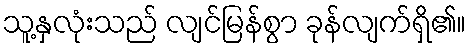
သူ့နှလုံးသည် လျင်မြန်စွာ ခုန်လျက်ရှိ၏။